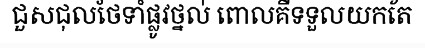
ជួសជុលថែទាំផ្លូវថ្នល់ ពោលគឺទទួលយកតែ